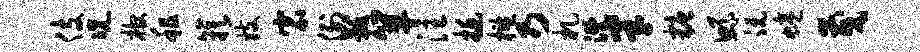
伎况棺租簇妓宸例黻箪注挺槛乃札溉半糖鲧沅蜷茂